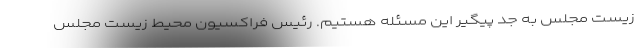
زیست مجلس به جد پیگیر این مسئله هستیم. رئیس فراکسیون محیط زیست مجلس